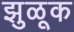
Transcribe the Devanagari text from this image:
झुळूक